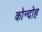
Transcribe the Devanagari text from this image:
कोन्‍दोह